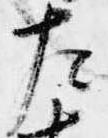
左